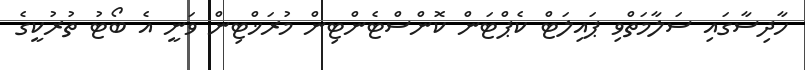
ހާދިސާގައި ސަލާމަތްވި ޕައިލަޓް ކެޕްޓަން ކޮންސްޓެންޓިން މުރަޚްޓިން ވަނީ އެ ބޯޓު ތުރުކީގެ